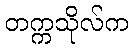
တက္ကသိုလ်က